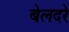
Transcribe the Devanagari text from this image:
बेलदरे